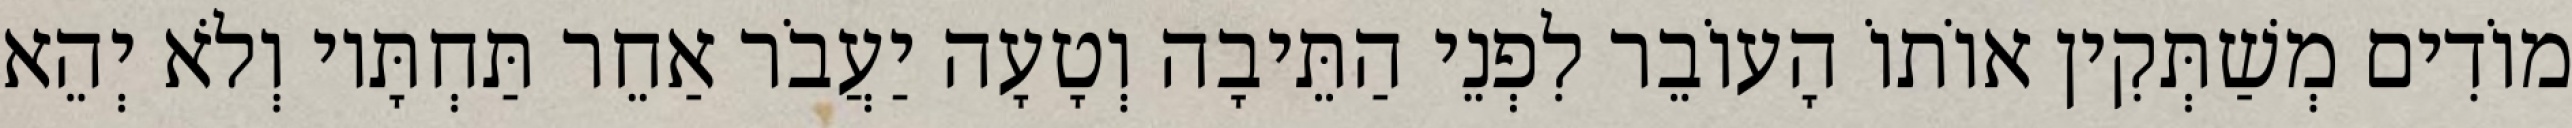
מוֹדִים מְשַׁתְּקִין אוֹתוֹ הָעוֹבֵר לִפְנֵי הַתֵּיבָה וְטָעָה יַעֲבֹר אַחֵר תַּחְתָּיו וְלֹא יְהֵא